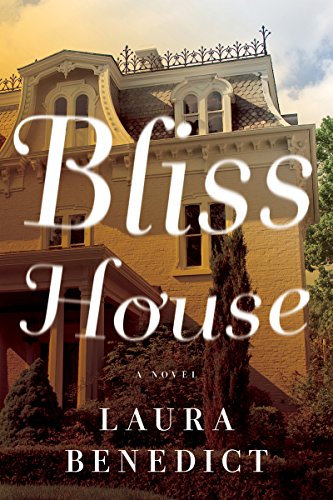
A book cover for Bliss House: A Novel; Laura Benedict; Literature & Fiction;